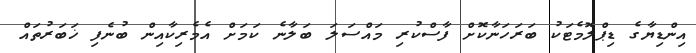
އިންޑިޔާގެ ޑިޕްލޮމެޓަކު ބަރަހަނާކޮށް ފާސްކުރި މައްސަލަ ބަލާނެ ކަމަށް އެމެރިކާއިން ބުނެފި ޚަބަރުތައް